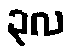
၃လ